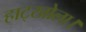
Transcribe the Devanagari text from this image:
हाट्खोला।